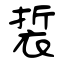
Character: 裚